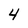
Character: 4